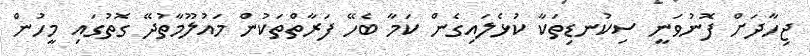
ޖިހާދަށް ފޮނުވަނީ ސިކުނޑިތަކާ ކުޅެލައިގެން ކަމާ ބެހޭ ފަރާތްތަކުން މައުލޫމާތުދޭ ގޮތުގައި މީހުން